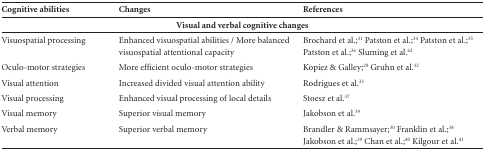
| Cognitive abilities | Changes | References |
 | --- | --- | --- |
 | <COLSPAN=3> Visual and verbal cognitivechanges |
 | Visuospatial processing | Enhanced visuospatial abilities / More balancedvisuospatial attentional capacity | Brochard et al.;31 Patston et al.;34 Patston et al.;35 Patston etal.;36Sluming et al.62 |
 | Oculo-motor strategies | More efficient oculo-motor strategies | Kopiez & Galley;29 Gruhn et al.32 |
 | Visual attention | Increased divided visual attention ability | Rodrigues et al.33 |
 | Visual processing | Enhanced visual processing of local details | Stoesz et al.37 |
 | Visual memory | Superior visual memory | Jakobson et al.39 |
 | Verbal memory | Superior verbal memory | Brandler & Rammsayer;30 Franklin et al.;38Jakobson etal.;39Chan et al.;40Kilgour et al.41 |